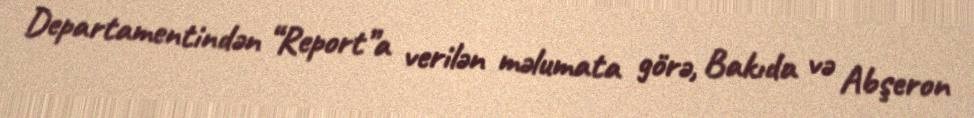
Departamentindən “Report”a verilən məlumata görə, Bakıda və Abşeron